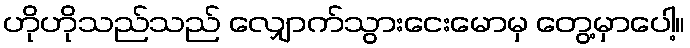
ဟိုဟိုသည်သည် လျှောက်သွားငေးမောမှ တွေ့မှာပေါ့။